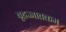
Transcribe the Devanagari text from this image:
बृहज्जातकम